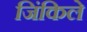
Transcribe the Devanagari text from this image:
जिंकिले